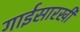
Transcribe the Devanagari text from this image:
गाईसारखी